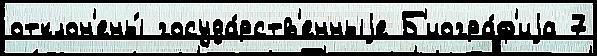
отклон'ены́ госуда́рств'енныjе Б'иогра́ф'иjа 7